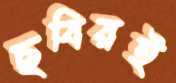
ছবিরই